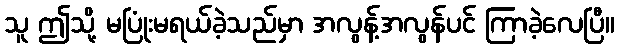
သူ ဤသို့ မပြုံးမရယ်ခဲ့သည်မှာ အလွန့်အလွန်ပင် ကြာခဲ့လေပြီ။